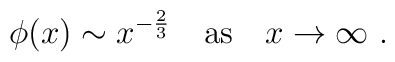
\phi(x)\sim x^{-{2\over 3}}\quad{\rm as}\ \ \ x\rightarrow \infty\ .